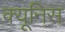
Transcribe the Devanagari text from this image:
क्यूनिस